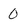
Character: 0